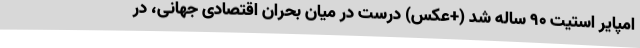
امپایر استیت 90 ساله شد (+عکس) درست در میان بحران اقتصادی جهانی، در